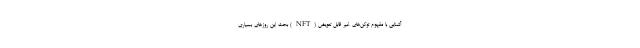
آشنایی با مفهوم توکن‌های غیر قابل تعویض (NFT) بحث این روزهای بسیاری